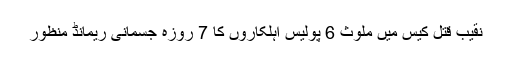
نقیب قتل کیس میں ملوث 6 پولیس اہلکاروں کا 7 روزہ جسمانی ریمانڈ منظور